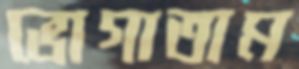
ভোগাতাম